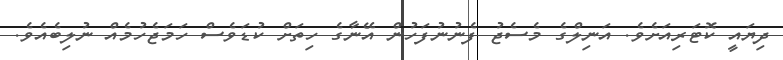
ދިޔައީ ކޮޓަރިއަށެވެ. އަނިލްގެ މެސެޖު ފެނުނުފަހުން އޭނާގެ ހިތަށް ކުޑަވެސް ހަމަޖެހުމެއް ނުލިބެއެވެ.